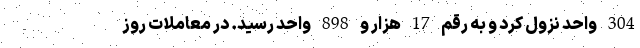
304 واحد نزول کرد و به رقم 17 هزار و 898 واحد رسید. در معاملات روز